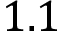
1 . 1